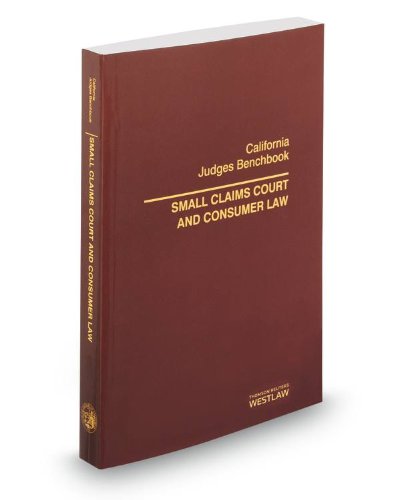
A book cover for California Judges Benchbook: Small Claims Court and Consumer Law, 2013 ed.; Bancroft Whitney; Law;